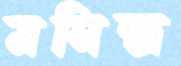
মনিন্দ্র